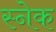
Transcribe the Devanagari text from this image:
स्‍नेक